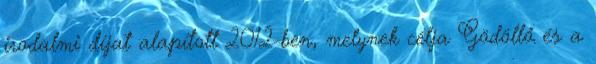
irodalmi díjat alapított 2012-ben, melynek célja Gödöllő és a